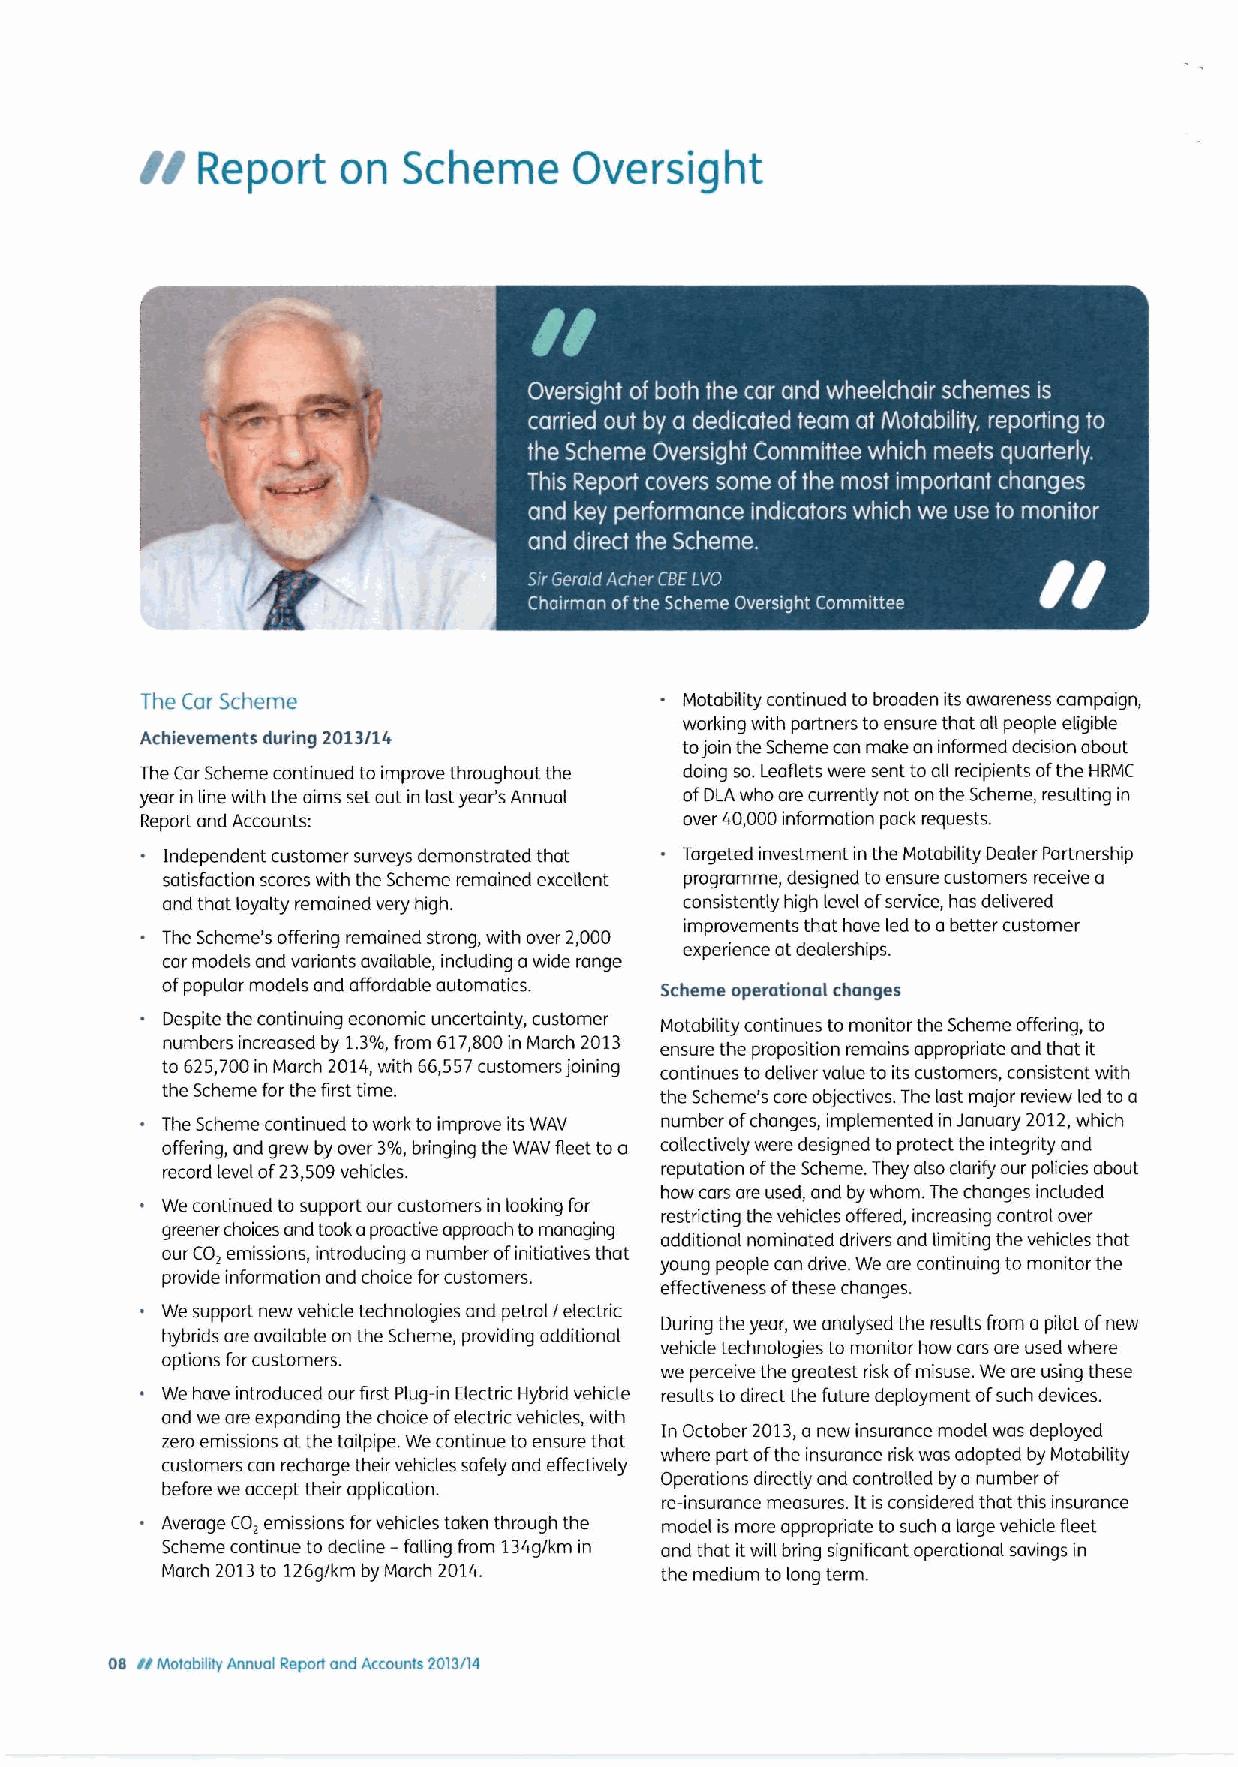
II
 Report    on  Scheme     Oversight
 ~ ~~    ~   ~
 ~  ~ ~ ~ ~ ~ ~ ~  ~     ~ ~        ~ ~
 -
 ~
 ~~      ~   ~        ~~ ~   ~ ~
 ~ ~  ~    ~ ~ ~          ~  ~  ~
 ~ ~
 The Car Scheme                      Motability continued to broaden its awareness campaign,
 working with partners toensure that all people eligible
 Achievements during 2013/14
 tojoin the Scheme can make an informed decision about
 The Car Scheme continued to improve throughout the doing so.Leaflets were sent toall recipients ofthe HRMC
 year in line with the aims set out in last yeaVsAnnual ofDLA who are currently not on the Scheme, resulting in
 Report and Accounts:                over 40,000information pack requests.
 Independent customer surveys demonstrated that Targeted investment in the Motability Dealer Partnership
 satisfaction scores with the Scheme remained excellent programme, designed to ensure customers receive a
 and that loyalty remained very high. consistently high level ofservice, has delivered
 improvements that have led toabetter customer
 The Scheme's offering remained strong, with over 2,000
 experience at dealerships.
 car models and variants available, including awide range
 ofpopular models and affordable automatics. Scheme operational changes
 Despite the continuing economic uncertainty, customer Mutability continues to monitor the Scheme offering, to
 numbers increased by 1.3%,from 617,800in March 2013 ensure the proposition remains appropriate and that it
 to 625,700in March 2014,with 66,557customers joining continues todeliver value to its customers, consistent with
 the Scheme for the first time.   the Scheme's core objectives. The last major review led to a
 The Scheme continued towork to improve its WAV number ofchanges, implemented in January 2012,which
 offering, and grew by over 3%,bringing the WAV fleet toa coliectively were designed toprotect the integrity and
 record level of23,509vehicles.   reputation ofthe Scheme. They also clarify our policies about
 how cars are used, and by whom. The changes included
 We continued to support our customers in looking for
 restricting the vehicles offered, increasing control over
 greener choices and took aproactive approach to managing
 additionol nominated drivers and limiting the vehicles that
 our CO, emissions, introducing anumber ofinitiatives that
 young people can drive. We are continuing to monitor the
 provide information and choice for customers.
 effectiveness ofthese changes.
 We support new vehicle technologies and petrol / electric
 During the year, we analysed the results from a pilot ofnew
 hybrids are available on the Scheme, providing additional
 vehicle technologies to monitor how cars ore used where
 options forcustomers.
 we perceive the greatest risk ofmisuse. We are using these
 We have introduced our first Plug-in Electric Hybrid vehicle results todirect the future deployment ofsuch devices.
 and we are expanding the choice ofelectric vehicles, with
 In October 2013,a new insurance model was deployed
 zero emissions at the tailpipe. We continue to ensure that
 where part ofthe insurance risk was adopted by Motability
 customers can recharge their vehicles safely and effectively
 before we accept their application. Operations directiy and controlled by a number of
 re-insurance measures. Itisconsidered that this insurance
 Average CO, emissions forvehicles taken through the model is more appropriate to such alarge vehicle fleet
 Scheme continue to decline —falling from 134g/km in and that itwill bring significant operational savings in
 March 2013to 126g/km by March 20'14. the medium to long term.
 08 II Motability Annual Report and Accounts 2013/14